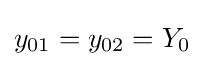
y_{01}=y_{02}=Y_{0}